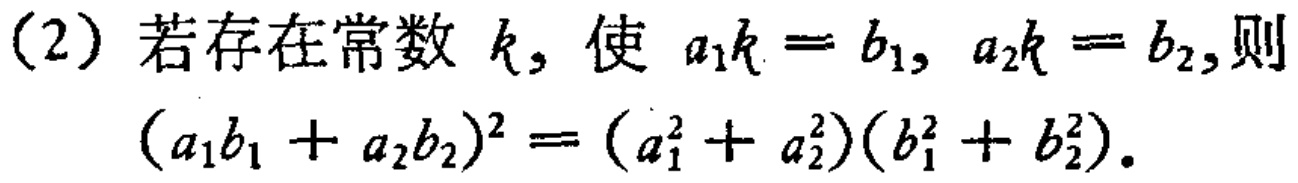
(2) 若存在常数 \(k\)，使 \(a_{1}k = b_{1},\ a_{2}k = b_{2}\)，则 \((a_{1}b_{1}+a_{2}b_{2})^{2}=(a_{1}^{2}+a_{2}^{2})(b_{1}^{2}+b_{2}^{2})\)。